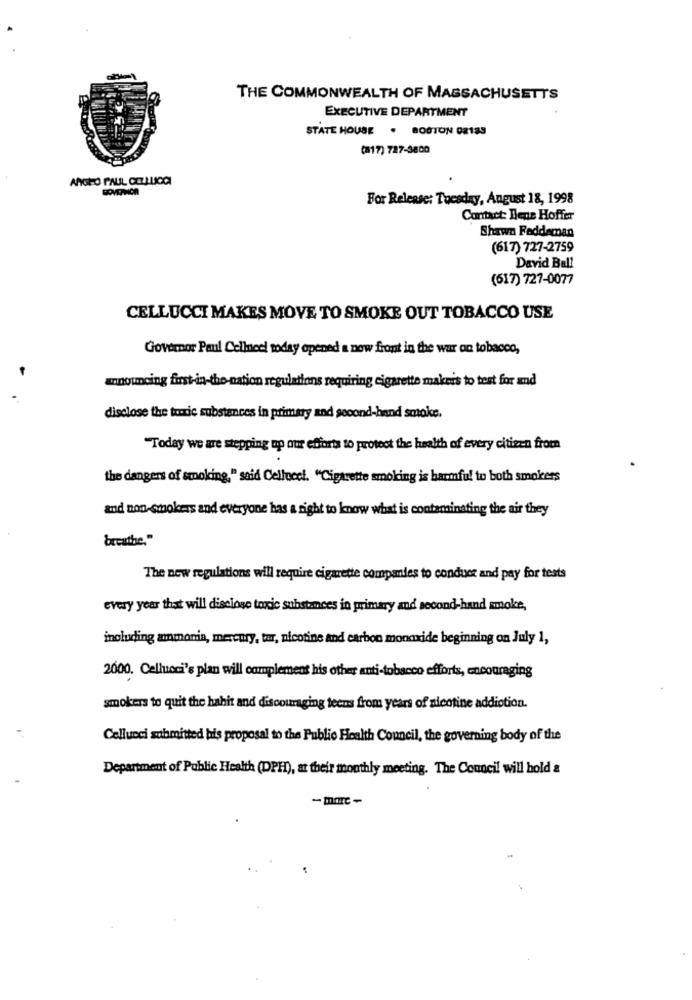
THE COMMONWEALTH OF MASSACHUSETTS
EXECUTIVE DEPARTMENT
STATE HOUSE . BOSTON 08189
(17) 727-3800
For Release: Tuesday, August 18, 1998
Contact: Bene Hoffer
Shawn Feddeman
(617) 727-2759
David Ball
(617) 727-0077
CELLUCCI MAKES MOVE TO SMOKE OUT TOBACCO USE
Governor Paul Cellneel today opened a new front in the war on tobacco,
announcing first-in-the-nation regulations requiring cigarette makeis to test for and
disclose the toxic substances in primary and second-hand smoke.
"Today we are stepping up our efforts to protect the health of every citizen from
the dangers of smoking," said Cellecel. "Cigarette smoking is harmful to both smokers
and non-smokers and everyone has a right to know what is contaminating the air they
breathe."
The new regulations will require cigarette companies to conduct and pay for tests
every year that will disclose toxic substances in primary and second-hand smoke,
including ammonia, mercury, tar, nicotine and carbon monoxide beginning on July 1,
2000. Celluoni's plan will complement his other anti-tobacco efforts, encouraging
smokers to quit the hahit and discouraging teens from years of nicotine addiction.
Cellucci submitted bis proposal to the Public Health Council, the governing body of the
Department of Public Health (DPH), at their monthly meeting. The Council will hold &